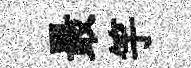
最竽